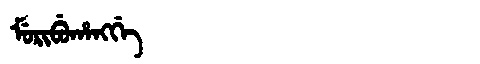
Manchu: ᠮᡠᡵᡳᠪᡠᡥᠠᠩᡤᡝ
Romanization: MURIBUHANGGE